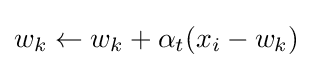
w_{k}\leftarrow w_{k}+\alpha _{t}(x_{i}-w_{k})